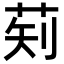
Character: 𬜱